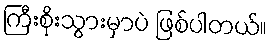
ကြီးစိုးသွားမှာပဲ ဖြစ်ပါတယ်။